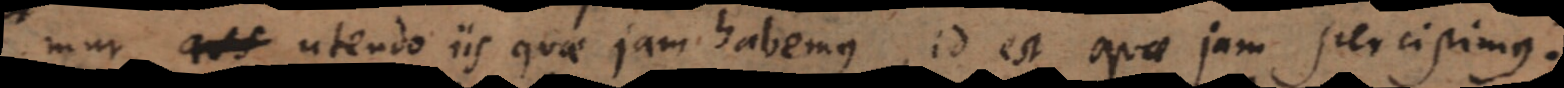
mur, utendo iis quae jam habemus, id est quae jam percipimus.